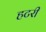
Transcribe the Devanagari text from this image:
हटरी